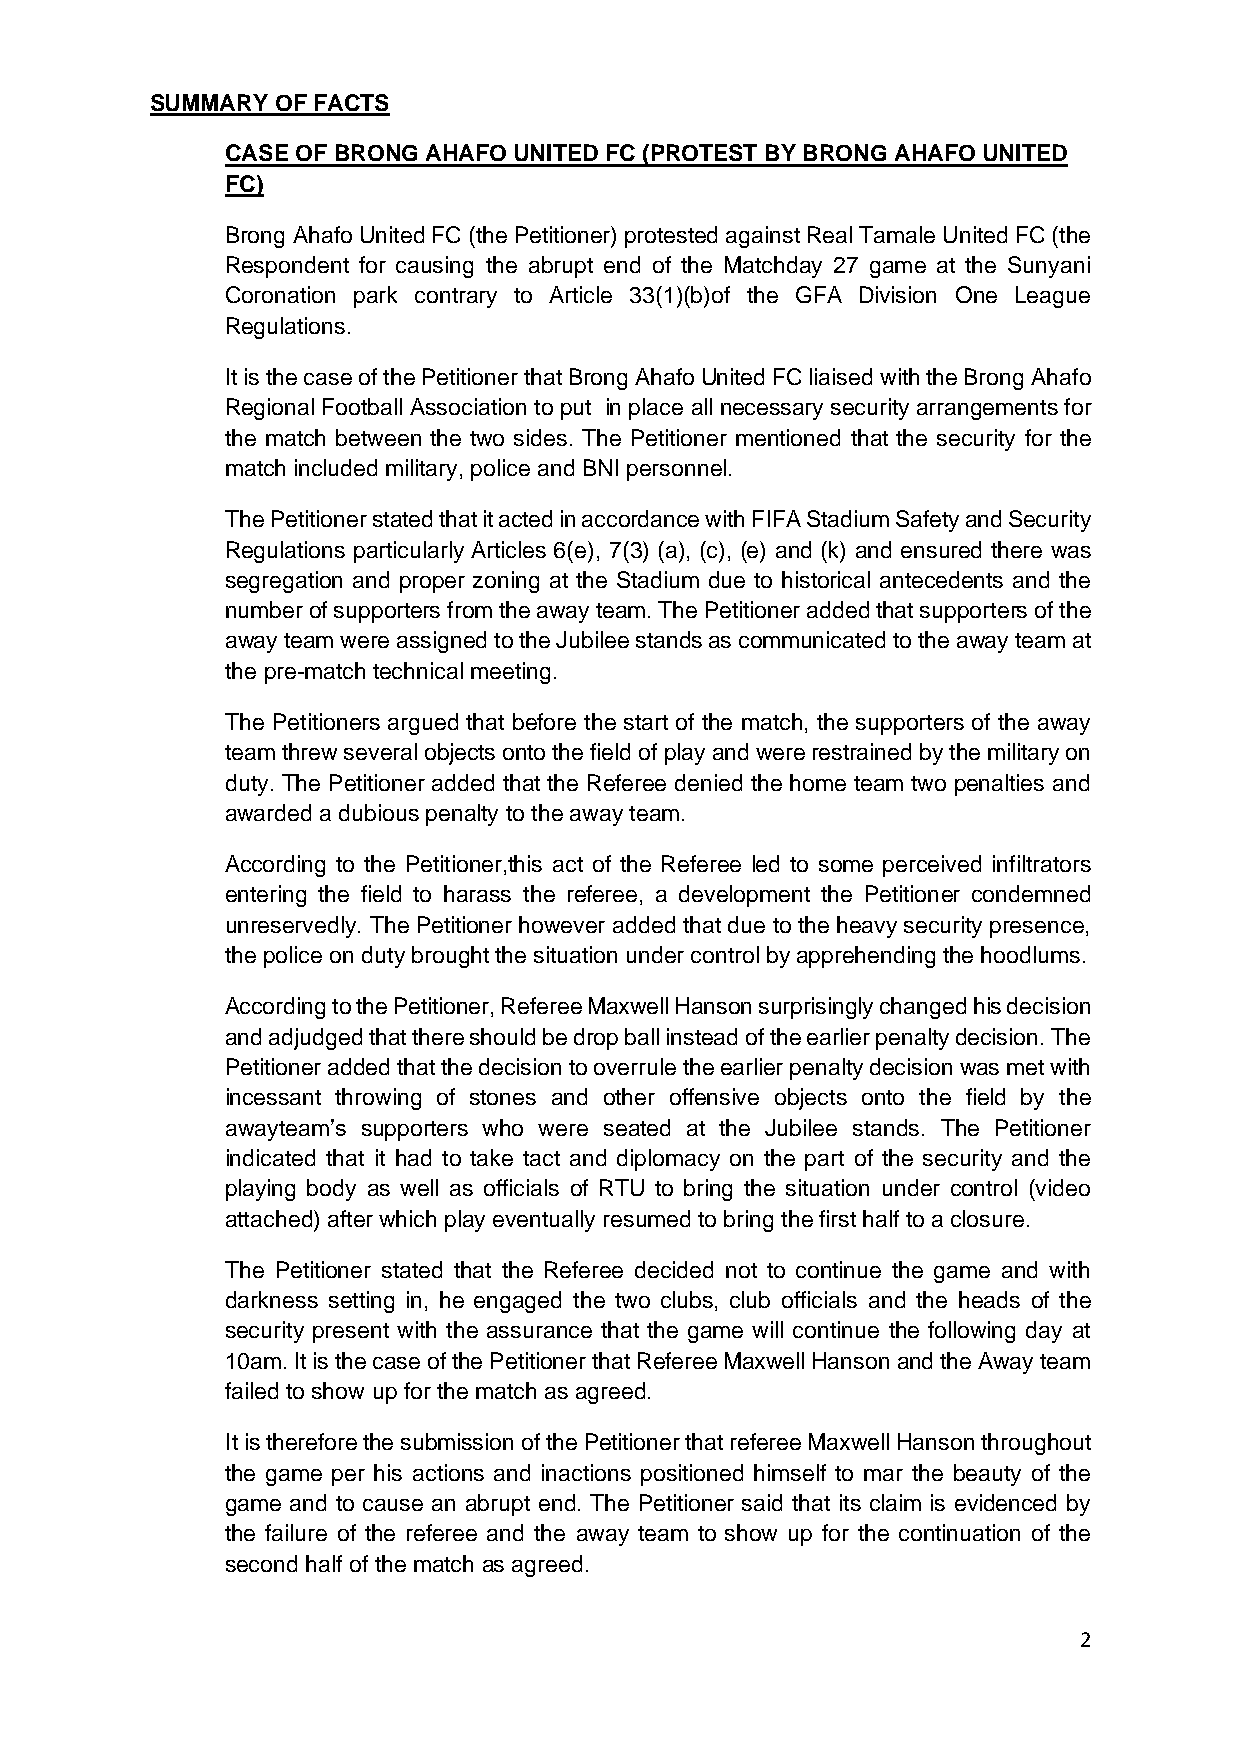
SUMMARY OF FACTS
 CASE OF BRONG AHAFO UNITED FC (PROTEST BY BRONG AHAFO UNITED
 FC)
 Brong Ahafo United FC (the Petitioner) protested against Real Tamale United FC (the
 Respondent for causing the abrupt end of the Matchday 27 game at the Sunyani
 Coronation park contrary to Article 33(1)(b)of the GFA Division One League
 Regulations.
 It is the case of the Petitioner that Brong Ahafo United FC liaised with the Brong Ahafo
 Regional Football Association to put in place all necessary security arrangements for
 the match between the two sides. The Petitioner mentioned that the security for the
 match included military, police and BNI personnel.
 The Petitioner stated that it acted in accordance with FIFA Stadium Safety and Security
 Regulations particularly Articles 6(e), 7(3) (a), (c), (e) and (k) and ensured there was
 segregation and proper zoning at the Stadium due to historical antecedents and the
 number of supporters from the away team. The Petitioner added that supporters of the
 away team were assigned to the Jubilee stands as communicated to the away team at
 the pre-match technical meeting.
 The Petitioners argued that before the start of the match, the supporters of the away
 team threw several objects onto the field of play and were restrained by the military on
 duty. The Petitioner added that the Referee denied the home team two penalties and
 awarded a dubious penalty to the away team.
 According to the Petitioner,this act of the Referee led to some perceived infiltrators
 entering the field to harass the referee, a development the Petitioner condemned
 unreservedly. The Petitioner however added that due to the heavy security presence,
 the police on duty brought the situation under control by apprehending the hoodlums.
 According to the Petitioner, Referee Maxwell Hanson surprisingly changed his decision
 and adjudged that there should be drop ball instead of the earlier penalty decision. The
 Petitioner added that the decision to overrule the earlier penalty decision was met with
 incessant throwing of stones and other offensive objects onto the field by the
 awayteam’s supporters who were seated at the Jubilee stands. The Petitioner
 indicated that it had to take tact and diplomacy on the part of the security and the
 playing body as well as officials of RTU to bring the situation under control (video
 attached) after which play eventually resumed to bring the first half to a closure.
 The Petitioner stated that the Referee decided not to continue the game and with
 darkness setting in, he engaged the two clubs, club officials and the heads of the
 security present with the assurance that the game will continue the following day at
 10am. It is the case of the Petitioner that Referee Maxwell Hanson and the Away team
 failed to show up for the match as agreed.
 It is therefore the submission of the Petitioner that referee Maxwell Hanson throughout
 the game per his actions and inactions positioned himself to mar the beauty of the
 game and to cause an abrupt end. The Petitioner said that its claim is evidenced by
 the failure of the referee and the away team to show up for the continuation of the
 second half of the match as agreed.
 2